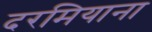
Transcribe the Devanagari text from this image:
दरमियाना